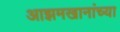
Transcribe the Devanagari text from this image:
आझमखानांच्या